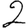
Digit: 2